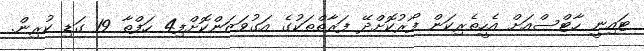
ޓައިނީ ހާޓްސްއަށް އެހީތެރިކަން ފޯރުކޮށްދޭ ފަރާތްތަކުގެ އަގުވަޒަންކޮށްފި4 ހަފްތާ 19 ގަޑި ކުރިން.